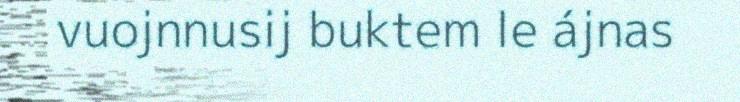
vuojnnusij buktem le ájnas